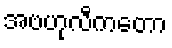
အဗဟုလီကတော